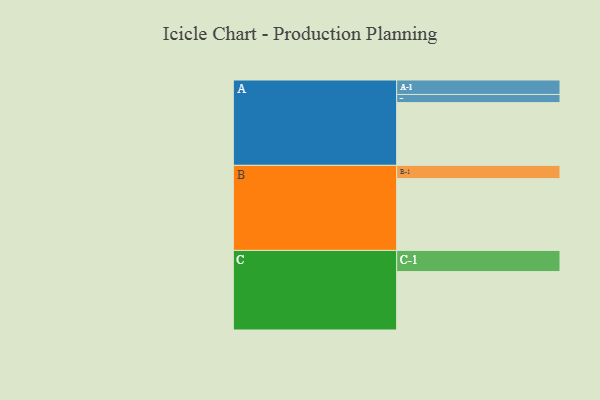
{"axis": {"x": "Segment", "y": "Value"}, "legend": ["", "A", "B", "C"], "data": [{"x": "A", "y": 477, "type": ""}, {"x": "B", "y": 546, "type": ""}, {"x": "C", "y": 444, "type": ""}, {"x": "A-1", "y": 110, "type": "A"}, {"x": "A-2", "y": 62, "type": "A"}, {"x": "B-1", "y": 101, "type": "B"}, {"x": "C-1", "y": 161, "type": "C"}]}